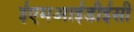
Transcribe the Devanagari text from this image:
ईएमआईडीईसी